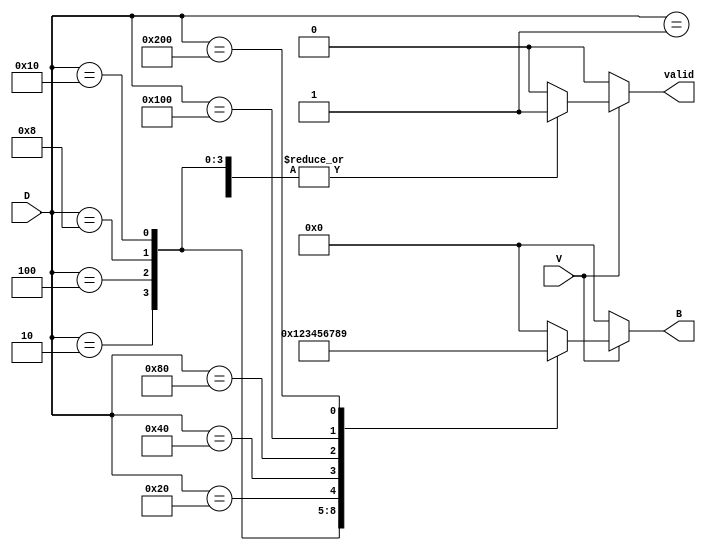
module DecimalToBinaryEncoder (
    input wire [9:0] D,  // 10 input lines for decimal digits D0 to D9
    input wire V,        // Valid signal
    output reg [3:0] B,  // 4-bit binary output
    output reg valid     // Output valid signal
);

// Combinational logic for encoding decimal to binary
always @(*) begin
    if (V == 0) begin
        // If valid signal is low, set output to defined state (0000)
        B = 4'b0000;
        valid = 0;
    end else begin
        // If valid signal is high, determine the binary output based on active input
        case (D)
            10'b0000000001: begin B = 4'b0000; valid = 1; end // D0
            10'b0000000010: begin B = 4'b0001; valid = 1; end // D1
            10'b0000000100: begin B = 4'b0010; valid = 1; end // D2
            10'b0000001000: begin B = 4'b0011; valid = 1; end // D3
            10'b0000010000: begin B = 4'b0100; valid = 1; end // D4
            10'b0000100000: begin B = 4'b0101; valid = 1; end // D5
            10'b0001000000: begin B = 4'b0110; valid = 1; end // D6
            10'b0010000000: begin B = 4'b0111; valid = 1; end // D7
            10'b0100000000: begin B = 4'b1000; valid = 1; end // D8
            10'b1000000000: begin B = 4'b1001; valid = 1; end // D9
            default: begin
                // Handle invalid states (multiple inputs high or no inputs high)
                B = 4'b0000; // Set to a defined state
                valid = 0;   // Indicate invalid output
            end
        endcase
    end
end

endmodule